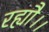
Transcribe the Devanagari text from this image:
रह्यौ।।